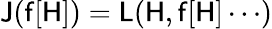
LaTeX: \mathsf{J}(\mathsf{f}[\mathsf{H}])=\mathsf{L}(\mathsf{H},\mathsf{f}[\mathsf{H}]\cdots)